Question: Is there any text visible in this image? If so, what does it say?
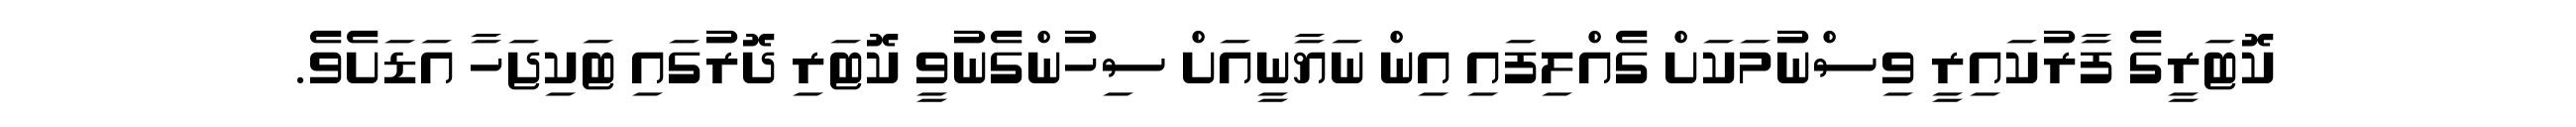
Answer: ކޮޓަރީގެ ފާރުކައިރީ ވިސްނުމަކަށް ގެއްލިފައި އިން ނަޔާނީއަށް ސިހުންގެނުވީ ކޮޓަރި ދޮރުގައި ޓަކިޖަހާ އަޑަށެވެ.